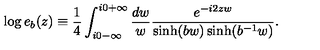
\log e _ { b } ( z ) \equiv \frac { 1 } { 4 } \int _ { i 0 - \infty } ^ { i 0 + \infty } \frac { d w } { w } \frac { e ^ { - i 2 z w } } { \sinh ( b w ) \sinh ( b ^ { - 1 } w ) } .